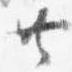
共